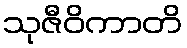
သုဇီဝိကာတိ